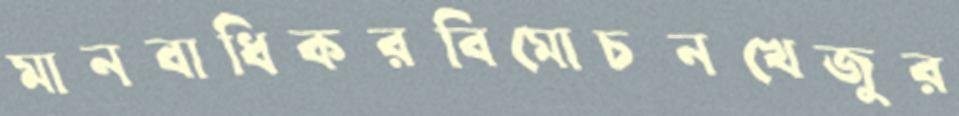
মানবাধিকরবিমোচনখেজুর